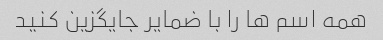
همه اسم ها را با ضمایر جایگزین کنید